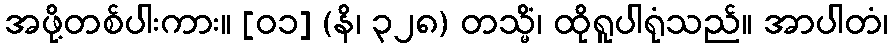
အဖို့တစ်ပါးကား။ [၀၁] (နိ၊ ၃၂၈) တသ္မိံ၊ ထိုရူပါရုံသည်။ အာပါတံ၊